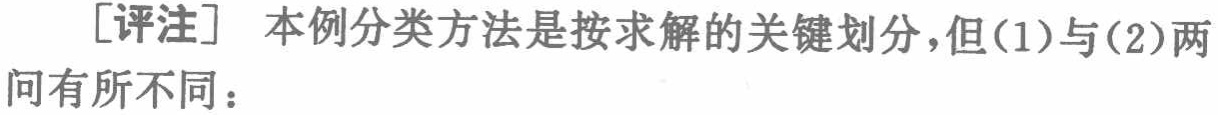
[评注] 本例分类方法是按求解的关键划分,但(1)与(2)两问有所不同：